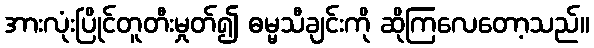
အားလုံးပြိုင်တူတီးမှုတ်၍ ဓမ္မသီချင်းကို ဆိုကြလေတော့သည်။